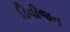
ડિવીજન